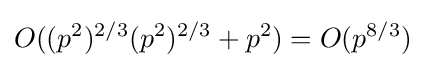
O((p^{2})^{2/3}(p^{2})^{2/3}+p^{2})=O(p^{8/3})